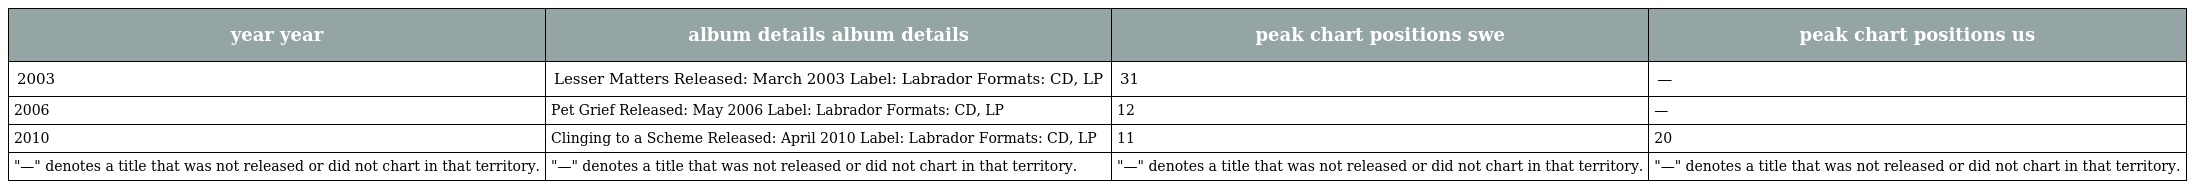
| year year | album details album details | peak chart positions swe | peak chart positions us |
 | --- | --- | --- | --- |
 | 2003 | Lesser Matters Released: March 2003 Label: Labrador Formats: CD, LP | 31 | — |
 | 2006 | Pet Grief Released: May 2006 Label: Labrador Formats: CD, LP | 12 | — |
 | 2010 | Clinging to a Scheme Released: April 2010 Label: Labrador Formats: CD, LP | 11 | 20 |
 | "—" denotes a title that was not released or did not chart in that territory. | "—" denotes a title that was not released or did not chart in that territory. | "—" denotes a title that was not released or did not chart in that territory. | "—" denotes a title that was not released or did not chart in that territory. |